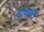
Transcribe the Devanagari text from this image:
चोगवल